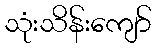
သုံးသိန်းကျော်